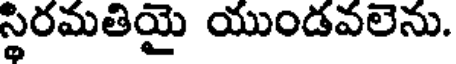
స్థిరమతియై యుండవలెను.